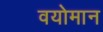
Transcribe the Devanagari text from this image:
वयोमान